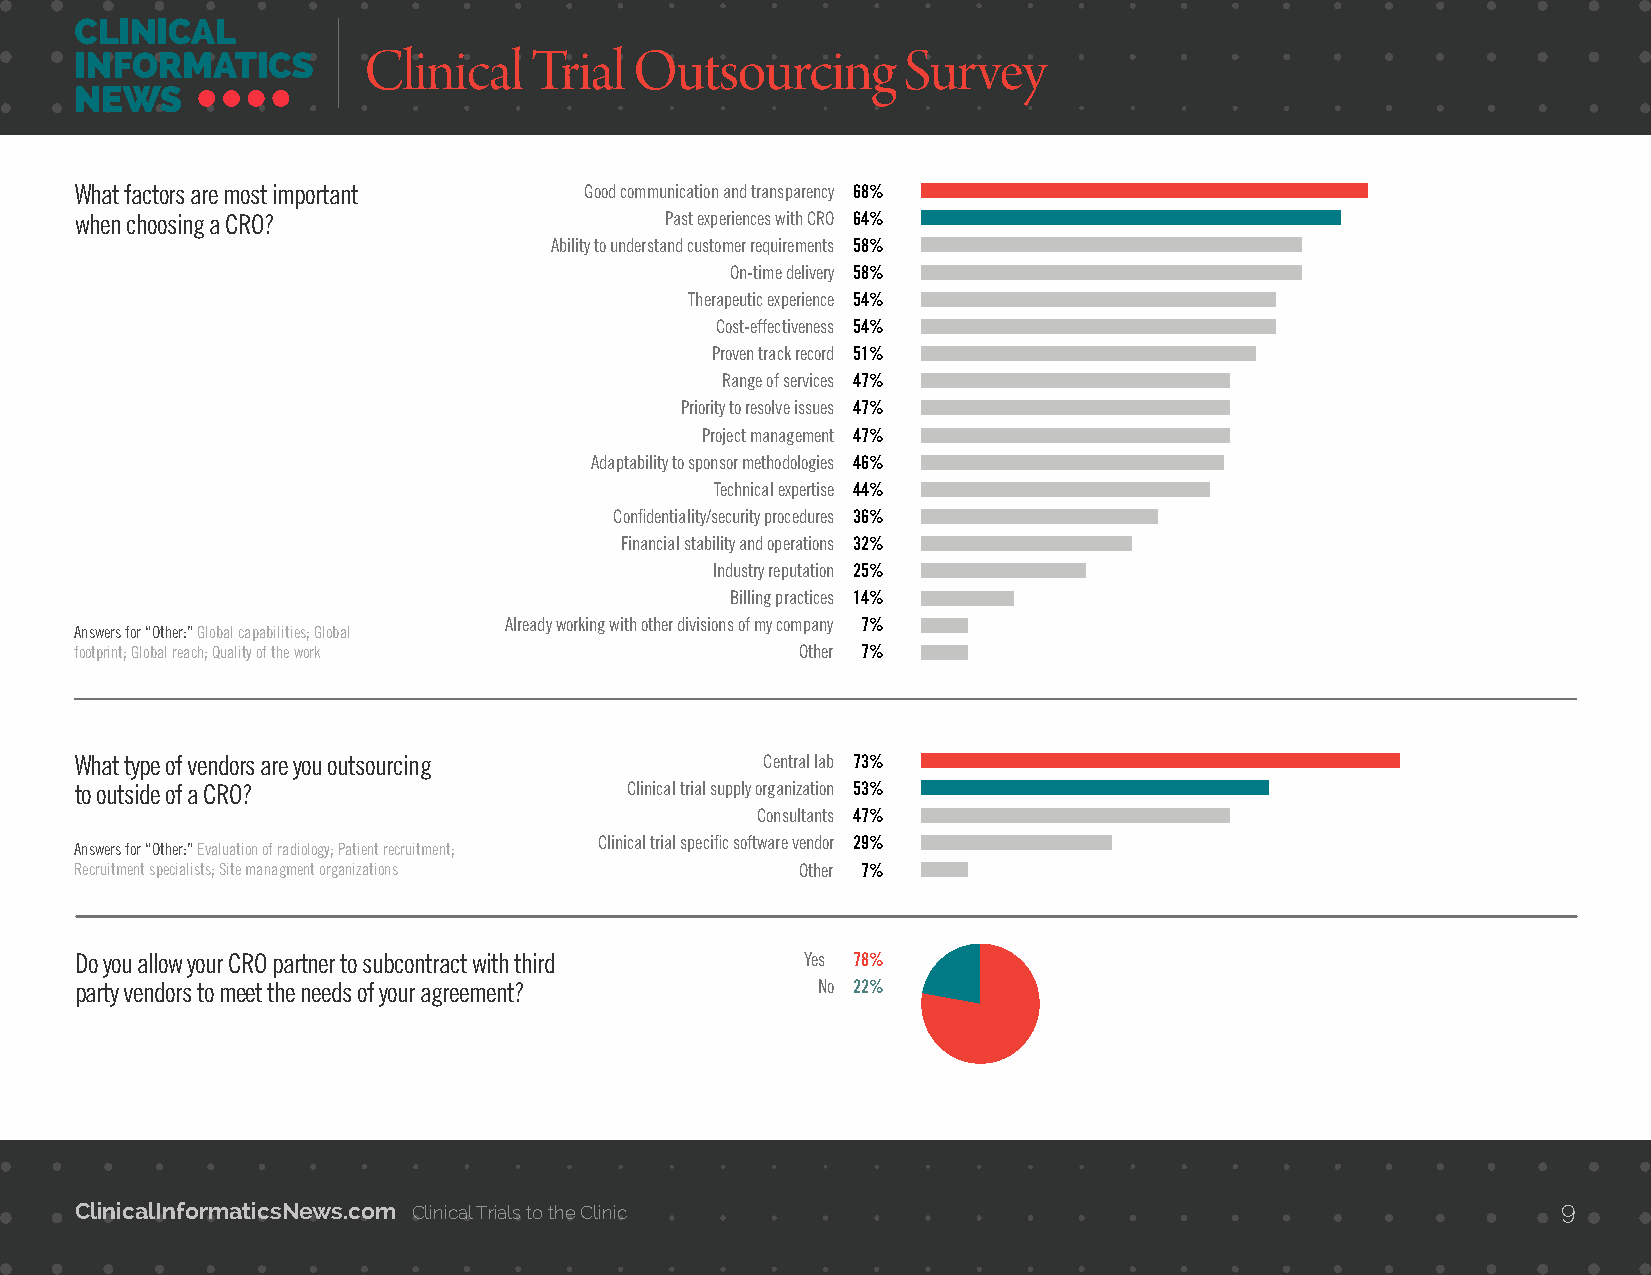
Clinical   Trial  Outsourcing       Survey
 What factors are most important   Good communication and transparency 68%
 when choosing a CRO?                   Past experiences with CRO 64%
 Ability to understand customer requirements 58%
 On-time delivery 58%
 Therapeutic experience 54%
 Cost-effectiveness 54%
 Proven track record 51%
 Range of services 47%
 Priority to resolve issues 47%
 Project management 47%
 Adaptability to sponsor methodologies 46%
 Technical expertise 44%
 Confidentiality/security procedures 36%
 Financial stability and operations 32%
 Industry reputation 25%
 Billing practices 14%
 Already working with other divisions of my company 7%
 Answers for “Other:” Global capabilities; Global
 footprint; Global reach; Quality of the work    Other 7%
 What type of vendors are you outsourcing      Central lab 73%
 to outside of a CRO?                Clinical trial supply organization 53%
 Consultants 47%
 Clinical trial specific software vendor 29%
 Answers for “Other:” Evaluation of radiology; Patient recruitment;
 Recruitment specialists; Site managment organizations Other 7%
 Do you allow your CRO partner to subcontract with third Yes 78%
 party vendors to meet the needs of your agreement? No 22%
 ClinicalInformaticsNews.com Clinical Trials to the Clinic                                         9